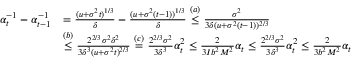
\begin{array} { r l } { \alpha _ { t } ^ { - 1 } - \alpha _ { t - 1 } ^ { - 1 } } & { = \frac { ( u + \sigma ^ { 2 } t ) ^ { 1 / 3 } } { \delta } - \frac { ( u + \sigma ^ { 2 } ( t - 1 ) ) ^ { 1 / 3 } } { \delta } \overset { ( a ) } { \leq } \frac { \sigma ^ { 2 } } { 3 \delta ( u + \sigma ^ { 2 } ( t - 1 ) ) ^ { 2 / 3 } } } \\ & { \overset { ( b ) } { \leq } \frac { 2 ^ { 2 / 3 } \sigma ^ { 2 } \delta ^ { 2 } } { 3 \delta ^ { 3 } ( u + \sigma ^ { 2 } t ) ^ { 2 / 3 } } \overset { ( c ) } { = } \frac { 2 ^ { 2 / 3 } \sigma ^ { 2 } } { 3 \delta ^ { 3 } } \alpha _ { t } ^ { 2 } \leq \frac { 2 } { 3 I b ^ { 2 } M ^ { 2 } } \alpha _ { t } \leq \frac { 2 ^ { 2 / 3 } \sigma ^ { 2 } } { 3 \delta ^ { 3 } } \alpha _ { t } ^ { 2 } \leq \frac { 2 } { 3 b ^ { 2 } M ^ { 2 } } \alpha _ { t } } \end{array}